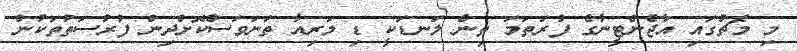
މި މެޗުގައި އާޖެންޓީނާގެ ފުރަތަމަ ތިން ލަނޑަކީ ޑި މަރިއާ ތަނަވަސްކޮށްދިން ފުރުސަތުތަކުން